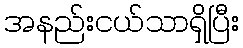
အနည်းငယ်သာရှိပြီး